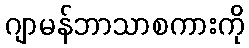
ဂျာမန်ဘာသာစကားကို